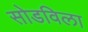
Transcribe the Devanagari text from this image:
सोडविला